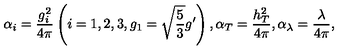
\alpha _ { i } = \frac { g _ { i } ^ { 2 } } { 4 \pi } \left( i = 1 , 2 , 3 , g _ { 1 } = \sqrt { \frac { 5 } { 3 } } g ^ { \prime } \right) , \alpha _ { T } = \frac { h _ { T } ^ { 2 } } { 4 \pi } , \alpha _ { \lambda } = \frac { \lambda } { 4 \pi } ,